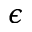
\epsilon